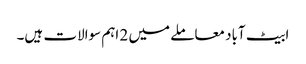
ابیٹ آباد معاملے میں 2 اہم سوالات ہیں۔